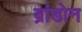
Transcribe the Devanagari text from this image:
ब्रांडोन